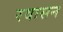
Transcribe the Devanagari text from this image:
रवासन